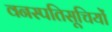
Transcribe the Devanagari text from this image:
वनस्पतिसूचियों